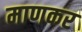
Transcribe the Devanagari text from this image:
माणकर